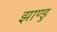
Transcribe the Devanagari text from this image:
झाण्डु